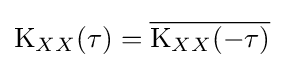
\operatorname {K} _{XX}(\tau )={\overline {\operatorname {K} _{XX}(-\tau )}}